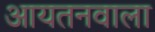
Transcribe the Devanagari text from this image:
आयतनवाला